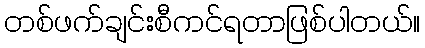
တစ်ဖက်ချင်းစီကင်ရတာဖြစ်ပါတယ်။